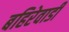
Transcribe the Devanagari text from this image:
बहिरेवाडी